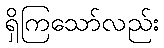
ရှိကြသော်လည်း